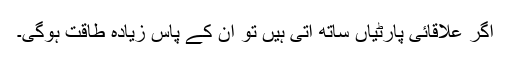
اگر علاقائی پارٹیاں ساتھ آتی ہیں تو ان کے پاس زیادہ طاقت ہوگی۔